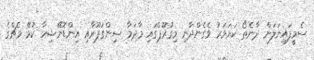
ސެމީފައިނަލަށް ދާނެތޯ ކަށަވަރު ވެގެންދާނި މިގުރޫޕްގައި މާދަމާ ސިންގަޕޫރާއި އިންޑޮނޭޝިއާ ކުޅޭ މެޗްގެ